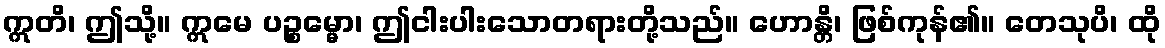
ဣတိ၊ ဤသို့။ ဣမေ ပဉ္စမ္မော၊ ဤငါးပါးသောတရားတို့သည်။ ဟောန္တိ၊ ဖြစ်ကုန်၏။ တေသုပိ၊ ထို